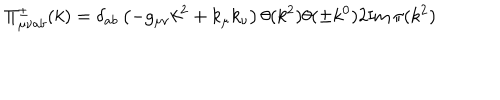
LaTeX: \Pi _ { \mu \nu a b } ^ { \pm } ( k ) = \delta _ { a b } \left( - g _ { \mu \nu } k ^ { 2 } + k _ { \mu } k _ { \nu } \right) \theta ( k ^ { 2 } ) \theta ( \pm k ^ { 0 } ) 2 \mathrm { I m } \, \pi ( k ^ { 2 } )